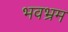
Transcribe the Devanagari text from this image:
भवभ्रम